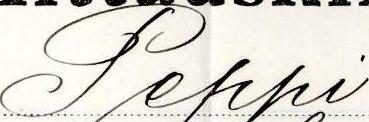
Peppi